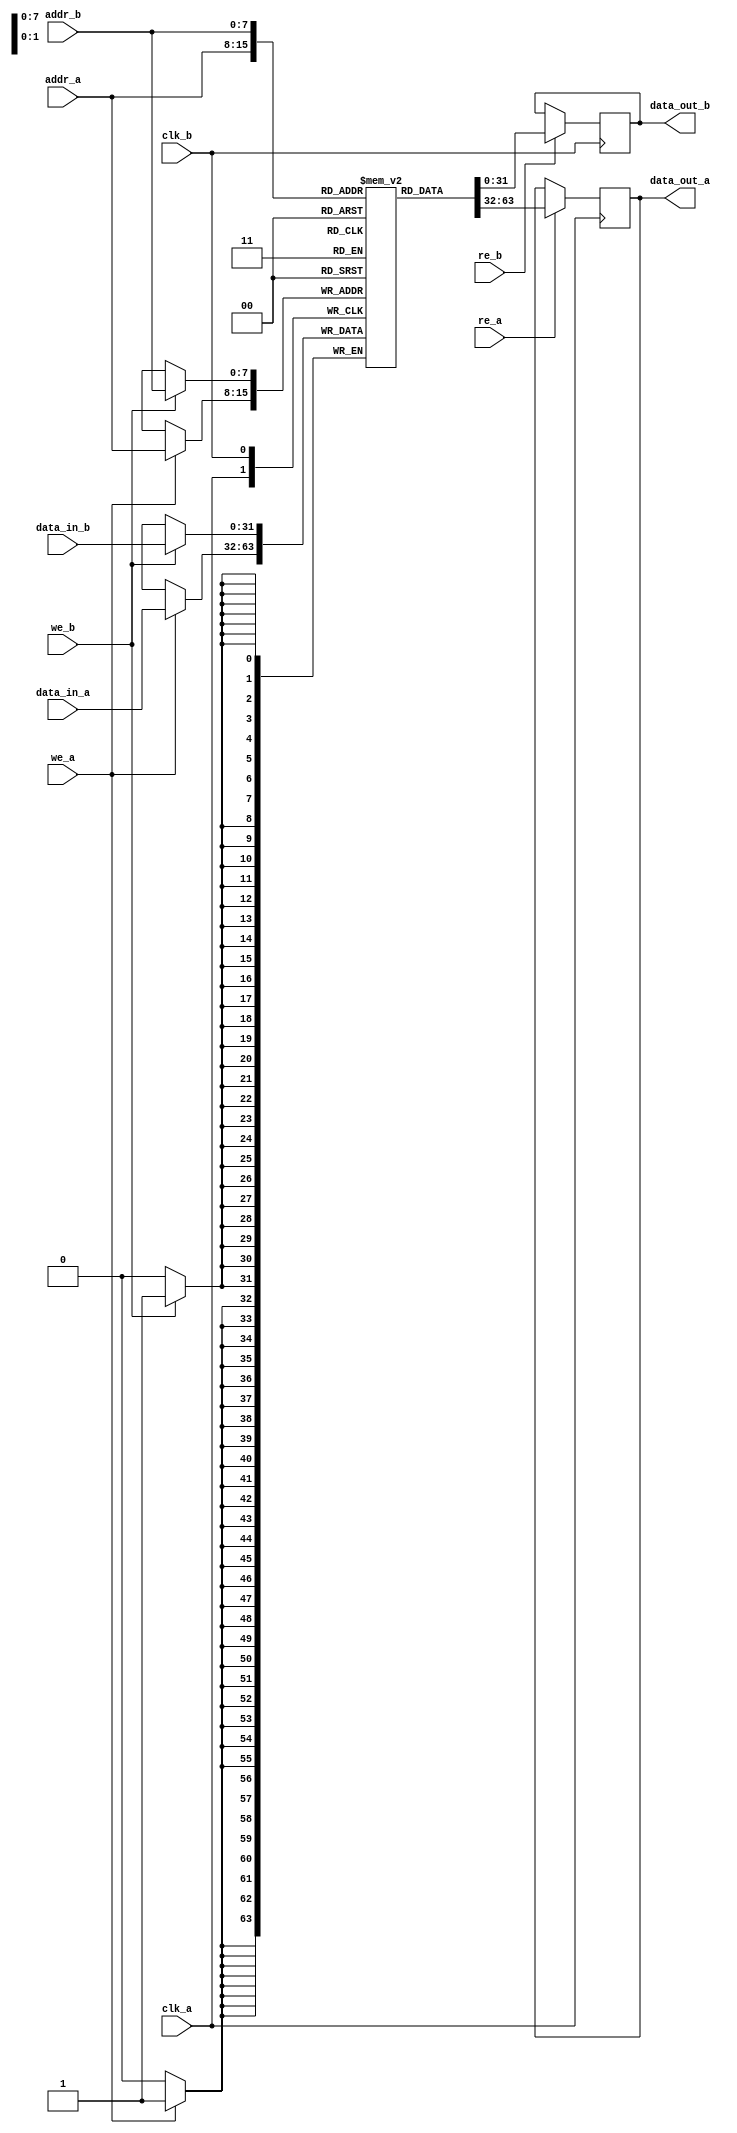
module dual_port_scratchpad_memory #(
    parameter ADDR_WIDTH = 8,  // Address width
    parameter DATA_WIDTH = 32,  // Data width
    parameter MEM_SIZE = 256    // Number of words in memory
)(
    // Port A
    input wire                   clk_a,
    input wire                   we_a,        // Write enable for Port A
    input wire                   re_a,        // Read enable for Port A
    input wire [ADDR_WIDTH-1:0] addr_a,      // Address for Port A
    input wire [DATA_WIDTH-1:0] data_in_a,   // Data input for Port A
    output reg [DATA_WIDTH-1:0] data_out_a,  // Data output for Port A

    // Port B
    input wire                   clk_b,
    input wire                   we_b,        // Write enable for Port B
    input wire                   re_b,        // Read enable for Port B
    input wire [ADDR_WIDTH-1:0] addr_b,      // Address for Port B
    input wire [DATA_WIDTH-1:0] data_in_b,   // Data input for Port B
    output reg [DATA_WIDTH-1:0] data_out_b   // Data output for Port B
);

    // Memory array
    reg [DATA_WIDTH-1:0] mem [0:MEM_SIZE-1];

    // Port A read and write operations
    always @(posedge clk_a) begin
        if (we_a) begin
            mem[addr_a] <= data_in_a;  // Write data to memory
        end
        if (re_a) begin
            data_out_a <= mem[addr_a];  // Read data from memory
        end
    end

    // Port B read and write operations
    always @(posedge clk_b) begin
        if (we_b) begin
            mem[addr_b] <= data_in_b;  // Write data to memory
        end
        if (re_b) begin
            data_out_b <= mem[addr_b];  // Read data from memory
        end
    end

endmodule